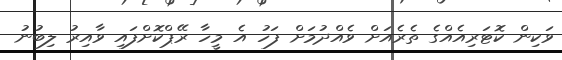
ވަކިން ކޮޓަރިއެއްގެ ތެރެއަށް ވެއްދުމަށް ފަހު އެ މީހާ ރޭޕްކޮށްފައި ވާއިރު ލިބުނު